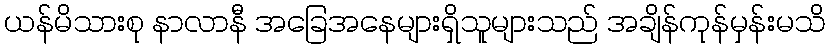
ယန်မိသားစု နာလာနီ အခြေအနေများရှိသူများသည် အချိန်ကုန်မှန်းမသိ